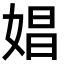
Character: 娼